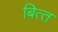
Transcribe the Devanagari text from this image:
बित्‍त